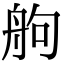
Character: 䑦